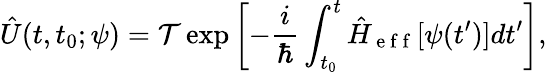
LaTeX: \hat{U}(t,t_{0};\psi)=\mathcal{T}\exp\left[-\frac{i}{\hbar}\int_{t_{0}}^{t}\hat{H}_{\mathrm{~e~f~f~}}[\psi(t^{\prime})]dt^{\prime}\right],